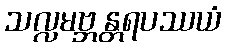
သလ္လမဗ္ဘန္တရပဿယံ